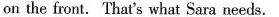
on the front. That's what Sara needs.